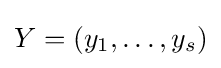
Y=(y_{1},\dots ,y_{s})